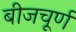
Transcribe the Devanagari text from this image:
बीजचूर्ण